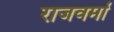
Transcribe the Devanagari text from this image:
राजवर्मा